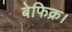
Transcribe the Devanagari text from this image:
बेफिक्र।